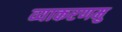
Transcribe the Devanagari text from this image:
व्याकरणमु